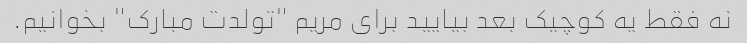
نه فقط یه کوچیک بعد بیایید برای مریم "تولدت مبارک" بخوانیم.